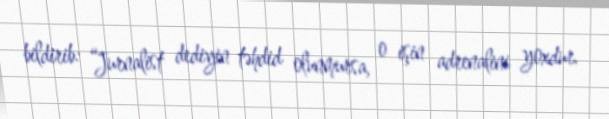
bildirib: “Jurnalist dediyin təhdid olunmursa, o işin adrenalini yoxdur.